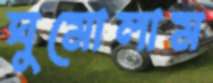
ঘুমোলাম